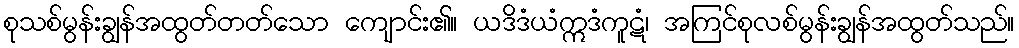
စုသစ်မွန်းချွန်အထွတ်တတ်သော ကျောင်း၏။ ယဒိဒံယံဣဒံကူဋံ၊ အကြင်စုလစ်မွန်းချွန်အထွတ်သည်။